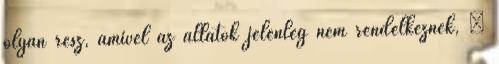
olyan rész, amivel az állatok jelenleg nem rendelkeznek, –